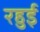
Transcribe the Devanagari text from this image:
रहुई